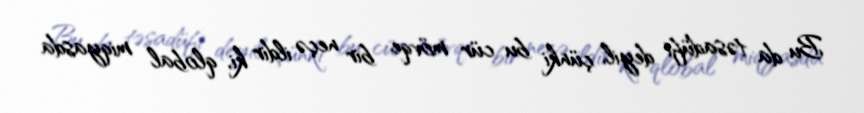
Bu da təsadüfi deyil, çünki bu cür mövqe bir neçə ildir ki, qlobal miqyasda